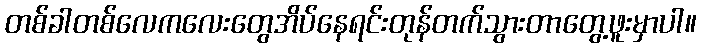
တစ်ခါတစ်လေကလေးတွေအိပ်နေရင်းတုန်တက်သွားတာတွေ့ဖူးမှာပါ။